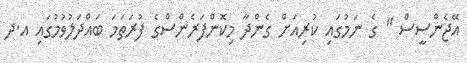
އޭޖެންސީސް " ގެ ނަމުގައި ކުރިއަށް ގެންދާ މިކޮންފަރެންސްގެ ފުރަތަމަ ބައްދަލުވުމުގައި އ.ދ